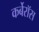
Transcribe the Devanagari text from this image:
कर्बेरॉस